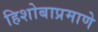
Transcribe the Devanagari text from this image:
हिशोबाप्रमाणे